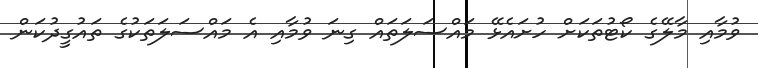
ވުމާއި މާލޭގެ ކޯޓުތަކަށް ހުށައެޅޭ މައްސަލަތައް ގިނަ ވުމާއި އެ މައްސަލަތަކުގެ ތައުގީދުކަން